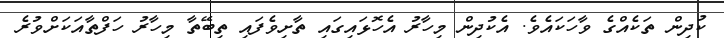
ކުދިން ތަކެއްގެ ވާހަކައެވެ. އެކުދިން މިހާރު އެހޮޅައިގައި ތާށިވެފައި ތިބޭތާ މިހާރު ހަފްތާއަކަށްވުރެ